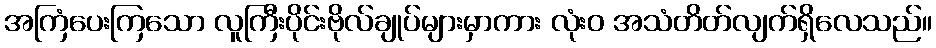
အကြံပေးကြသော လူကြီးပိုင်းဗိုလ်ချုပ်များမှာကား လုံးဝ အသံတိတ်လျက်ရှိလေသည်။